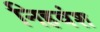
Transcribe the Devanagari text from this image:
निहवंश